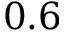
0 . 6